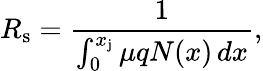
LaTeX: R_{\mathrm{s}}={\frac{1}{\int_{0}^{x_{\mathrm{j}}}\mu qN(x)\, dx}},